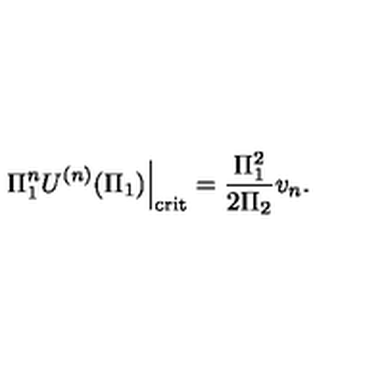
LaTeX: \left. \Pi _ { 1 } ^ { n } U ^ { ( n ) } ( \Pi _ { 1 } ) \right| _ { \mathrm { \scriptsize c r i t } } = \frac { \Pi _ { 1 } ^ { 2 } } { 2 \Pi _ { 2 } } v _ { n } .